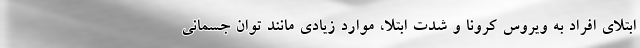
ابتلای افراد به ویروس کرونا و شدت ابتلا، موارد زیادی مانند توان جسمانی